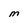
Character: M